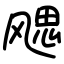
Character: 飔